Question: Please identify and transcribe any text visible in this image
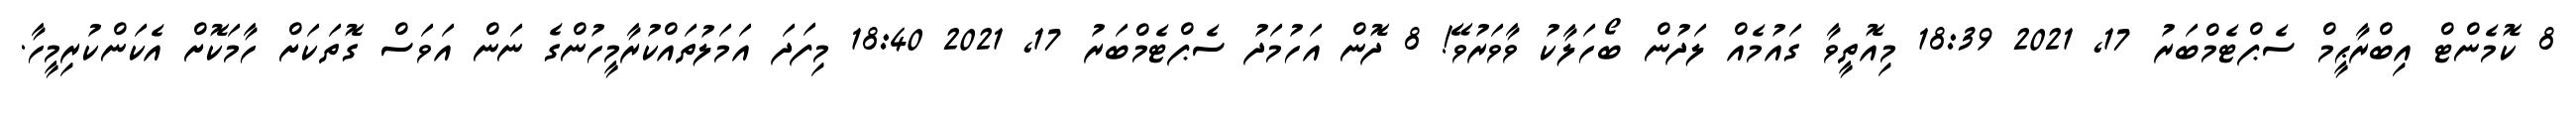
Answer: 8 ކޮމެންޓް އިބްރާޙީމް ސެޕްޓެމްބަރު 17, 2021 18:39 މިއޮތީވާ ގައުމެއް ލަދުން ބޯހަލާކު ވާވަރުވޭ! 8 ދޮން އަހުމަދު ސެޕްޓެމްބަރު 17, 2021 18:40 މިފަދަ އަމަލުތައްކުރާމީހުންގެ ނަން އަވަސް ގޮތަކަށް ހާމަކޮށް އެކަންކުރިމީހާ.